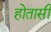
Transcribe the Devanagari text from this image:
होतासी